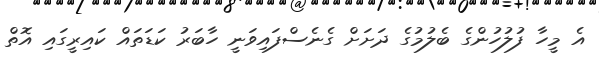
އެ މީހާ ފުލުހުންގެ ބެލުމުގެ ދަށަށް ގެނެސްފައިވަނީ ހާބަރު ކަޑަތައް ކައިރީގައި އޮތް